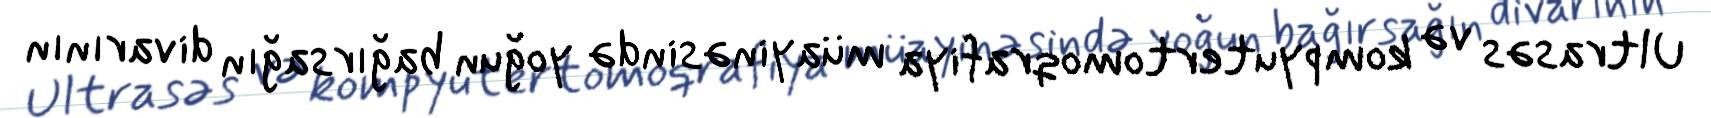
Ultrasəs və kompyutertomoqrafiya müayinəsində yoğun bağırsağın divarının